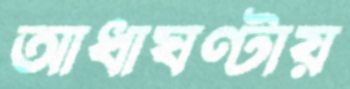
আধাঘণ্টায়